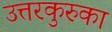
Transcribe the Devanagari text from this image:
उत्तरकुरुका